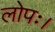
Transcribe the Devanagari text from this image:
लोपः।